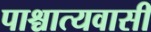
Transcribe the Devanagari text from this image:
पाश्चात्यवासी